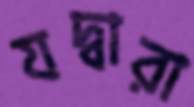
যদ্বারা